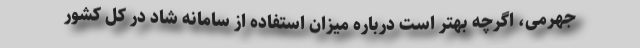
جهرمی، اگرچه بهتر است درباره میزان استفاده از سامانه شاد در کل کشور